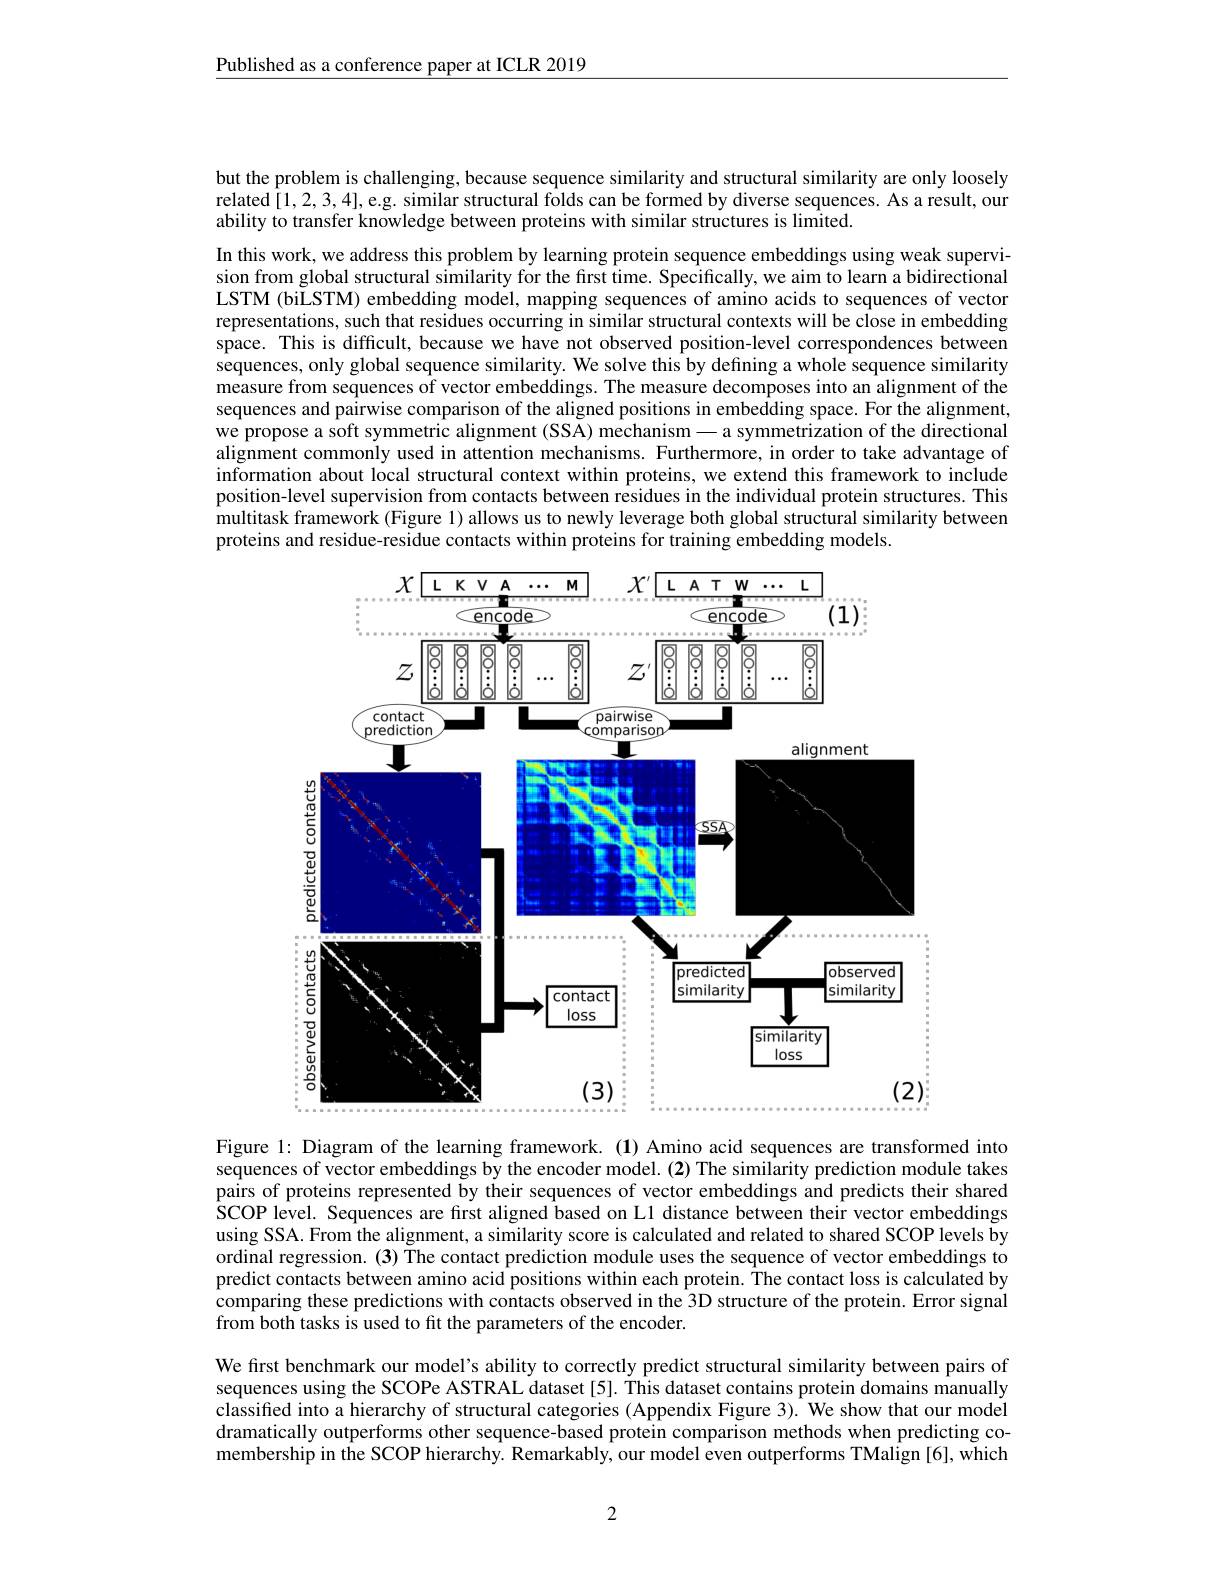
Published as a conference paper at ICLR 2019

but the problem is challenging, because sequence similarity and structural similarity are only loosely related[1,2,3,4],e.g. similar structural folds can be formed by diverse sequences. As a result, our ability to transfer knowledge between proteins with similar structures is limited.

In this work, we address this problem by learning protein sequence embeddings using weak supervision from global structural similarity for the first time. Specifically, we aim to learn a bidirectional LSTM (biLSTM) embedding model, mapping sequences of amino acids to sequences of vector representations, such that residues occurring in similar structural contexts will be close in embedding space. This is difficult, because we have not observed position-level correspondences between sequences, only global sequence similarity. We solve this by defining a whole sequence similarity measure from sequences of vector embeddings. The measure decomposes into an alignment of the sequences and pairwise comparison of the aligned positions in embedding space. For the alignment, we propose a soft symmetric alignment (SSA) mechanism-a symmetrization of the directional alignment commonly used in attention mechanisms. Furthermore, in order to take advantage of information about local structural context within proteins, we extend this framework to include position-level supervision from contacts between residues in the individual protein structures. This multitask framework (Figure 1) allows us to newly leverage both global structural similarity between proteins and residue-residue contacts within proteins for training embedding models.

<FigureHere>

Figure 1: Diagram of the learning framework.(1) Amino acid sequences are transformed into sequences of vector embeddings by the encoder model. (2) The similarity prediction module takes pairs of proteins represented by their sequences of vector embeddings and predicts their shared $\hat{\text{SCOP level. Sequences are first aligned based on L1 distance between their vector embeddings}}$ using SSA. From the alignment, a similarity score is calculated and related to shared SCOP levels by ordinal regression. (3) The contact prediction module uses the sequence of vector embeddings to predict contacts between amino acid positions within each protein. The contact loss is calculated by comparing these predictions with contacts observed in the 3D structure of the protein. Error signal from both tasks is used to fit the parameters of the encoder.
We first benchmark our model's ability to correctly predict structural similarity between pairs of sequences using the SCOPe ASTRAL dataset [5]. This dataset contains protein domains manually classified into a hierarchy of structural categories (Appendix Figure 3). We show that our model dramatically outperforms other sequence-based protein comparison methods when predicting comembership in the SCOP hierarchy. Remarkably, our model even outperforms TMalign [6], which

2